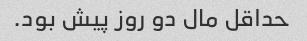
حداقل مال دو روز پیش بود.